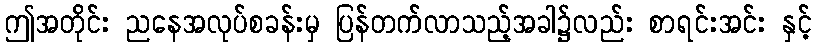
ဤအတိုင်း ညနေအလုပ်စခန်းမှ ပြန်တက်လာသည့်အခါ၌လည်း စာရင်းအင်း နှင့်